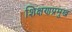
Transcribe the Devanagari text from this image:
शिक्षणप्रमुख